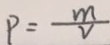
P = \frac { m } { v }